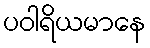
ပဝါရိယမာနေ